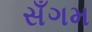
સઁગમ